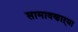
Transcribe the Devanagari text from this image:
सामावणाऱ्या